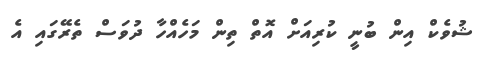
ޝުވެކް އިން ބުނީ ކުރިއަށް އޮތް ތިން މަހެއްހާ ދުވަސް ތެރޭގައި އެ